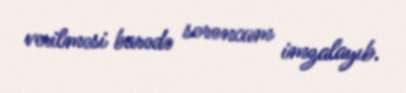
verilməsi barədə sərəncam imzalayıb.